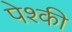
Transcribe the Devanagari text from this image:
पेश्की